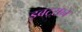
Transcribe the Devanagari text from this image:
इबट्सन